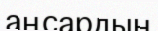
аңсардың